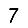
Digit: 7